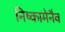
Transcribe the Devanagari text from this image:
निष्कामेनैव